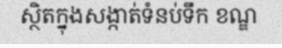
ស្ថិតក្នុងសង្កាត់ទំនប់ទឹក ខណ្ឌ